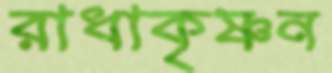
রাধাকৃষ্ণন